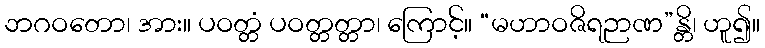
ဘဂဝတော၊ အား။ ပဝတ္တံ ပဝတ္တတ္တာ၊ ကြောင့်။ “မဟာဝဇိရဉာဏ”န္တိ၊ ဟူ၍။